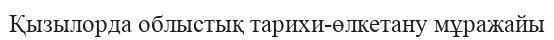
Қызылорда облыстық тарихи-өлкетану мұражайы